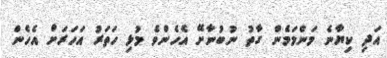
އަދި ކިޔާނެ މަންމަމެން ގާތު ނުބުނާށޭ އެހެންވެ މުޅި ހަތަރު އަހަރަށް އެހެން